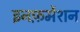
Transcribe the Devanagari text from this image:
इनफ़र्मेशन